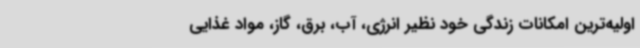
اولیه‌ترین امکانات زندگی خود نظیر انرژی، آب، برق، گاز، مواد غذایی